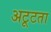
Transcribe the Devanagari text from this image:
अटूटता